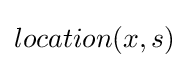
location(x,s)